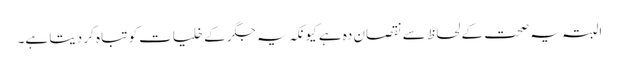
البتہ یہ صحت کے لحاظ سے نقصان دہ ہے کیونکہ یہ جگر کے خلیات کو تباہ کر دیتا ہے۔